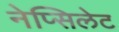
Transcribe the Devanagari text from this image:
नेप्सिलेट